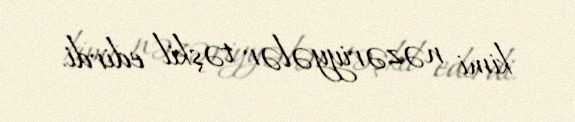
kimi nəzəriyyələr təşkil edirdi.